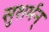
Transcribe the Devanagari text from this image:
सुशर्मन्